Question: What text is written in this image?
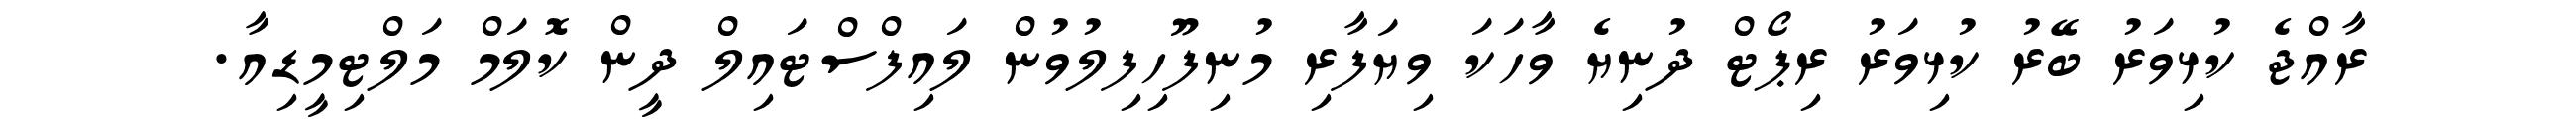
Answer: ރާއްޖެ ކުޅިވަރު ބޭރު ކުޅިވަރު ރިޕޯޓް ދުނިޔެ ވާހަކަ ވިޔަފާރި މުނިފޫހިފިލުވުން ލައިފްސްޓައިލް ދީން ކޮލަމް މަލްޓިމީޑިއާ.